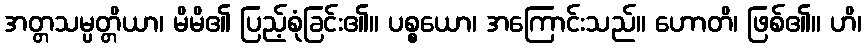
အတ္တသမ္ပတ္တိယာ၊ မိမိ၏ ပြည့်စုံခြင်း၏။ ပစ္စယော၊ အကြောင်းသည်။ ဟောတိ၊ ဖြစ်၏။ ဟိ၊